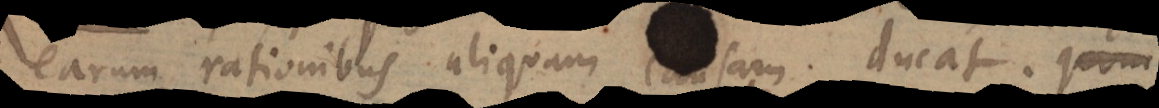
earum rationibus aliquam causam ducat.